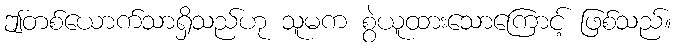
ဤတစ်ယောက်သာရှိသည်ဟု သူမက စွဲယူထားသောကြောင့် ဖြစ်သည်။